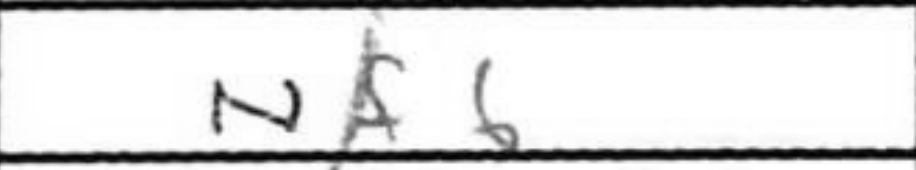
Transcription: Nf6